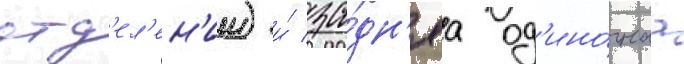
отд'ел'ен'ии) и́ за́дн'яа од'ино́чнаа